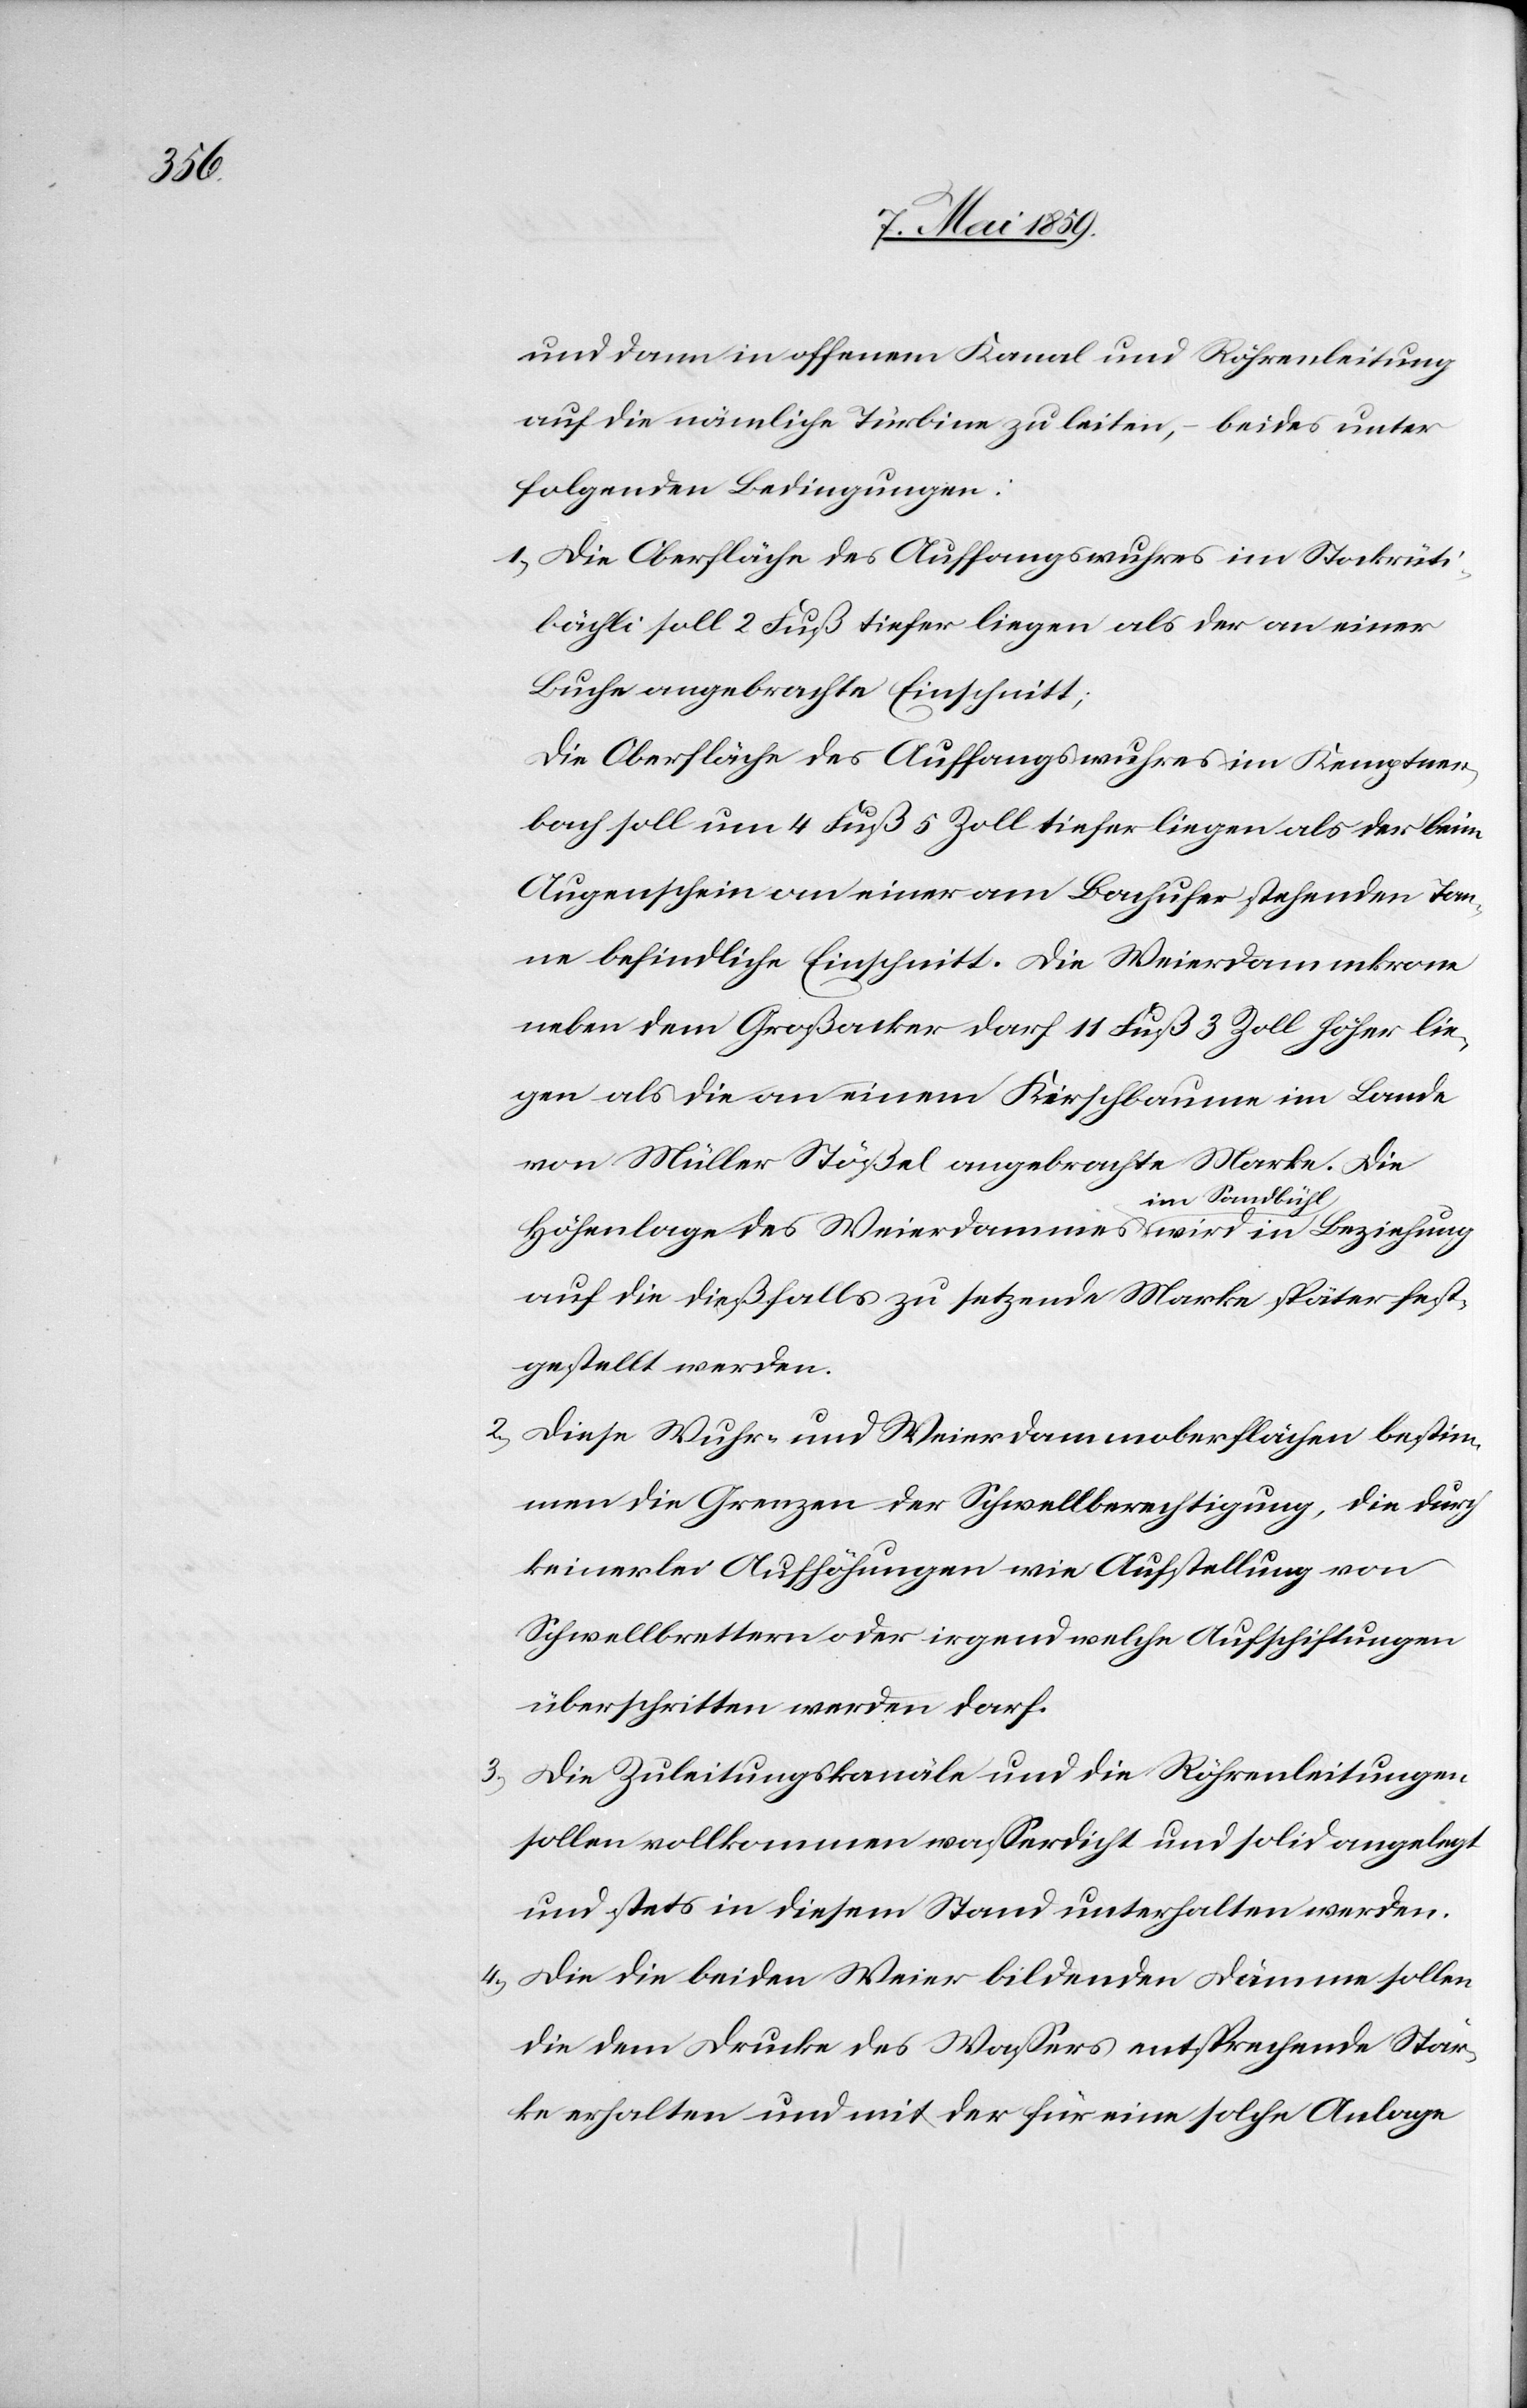
und dann in offenem Kanal und Röhrenleitung
auf die nämliche Türbine zu leiten, ‒ beides unter
folgenden Bedingungen:
1) Die Oberfläche des Auffangswuhres im Stockrüti¬
bächli soll 2 Fuß tiefer liegen als der an einer
Buche angebrachte Einschnitt;
die Oberfläche des Auffangswuhres im Kemptner¬
bach soll um 4 Fuß 5 Zoll tiefer liegen als der beim
Augenschein an einer am Bachufer stehenden Tan¬
ne befindliche Einschnitt. Die Weierdammkrone
neben dem Großacker darf 11 Fuß 3 Zoll höher lie¬
gen als die an einem Kirschbaume im Lande
von Müller Stößel angebrachte Marke. Die
Höhenlage des Weierdammes im Sandbühl wird in Beziehung
auf die dießfalls zu setzende Marke später fest¬
gestellt werden.
2) Diese Wuhr- und Weierdammoberflächen bestim¬
men die Grenzen der Schwellberechtigung, die durch
keinerlei Aufhöhungen wie Aufstellung von
Schwellbrettern oder irgend welche Aufschichtungen
überschritten werden darf.
Die Zuleitungskanäle und die Röhrenleitungen
sollen vollkommen waßerdicht und solid angelegt
und stets in diesem Stand unterhalten werden.
4) Die die beiden Weier bildenden Dämme sollen
die dem Drucke des Waßers entsprechende Stär¬
ke erhalten und mit der für eine solche Anlage